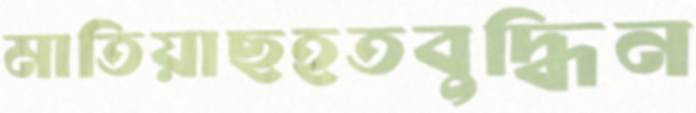
মাতিয়াছহতবুদ্ধিন